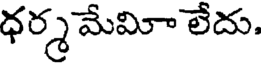
ధర్మ మేమి లేదు,